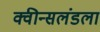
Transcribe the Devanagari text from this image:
क्वीन्सलंडला